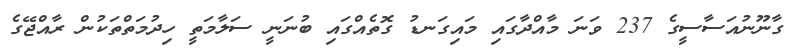
ގާނޫނުއަސާސީގެ 237 ވަނަ މާއްދާގައި މައިގަނޑު ގޮތެއްގައި ބުނަނީ ސަލާމަތީ ހިދުމަތްތަކުން ރާއްޖޭގެ